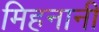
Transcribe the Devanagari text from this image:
मिहनानी